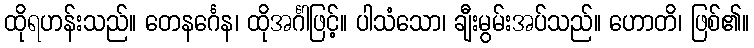
ထိုရဟန်းသည်။ တေနင်္ဂေန၊ ထိုအင်္ဂါဖြင့်။ ပါသံသော၊ ချီးမွမ်းအပ်သည်။ ဟောတိ၊ ဖြစ်၏။